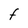
Character: F